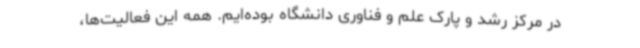
در مرکز رشد و پارک علم و فناوری دانشگاه بوده‌ایم. همه این فعالیت‌ها،